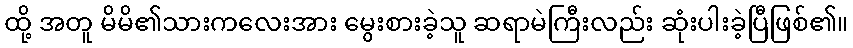
ထို့ အတူ မိမိ၏သားကလေးအား မွေးစားခဲ့သူ ဆရာမဲကြီးလည်း ဆုံးပါးခဲ့ပြီဖြစ်၏။